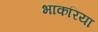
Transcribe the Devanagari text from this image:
भाकरिया